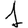
Digit: 1